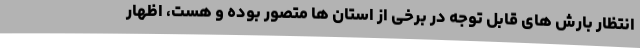
انتظار بارش های قابل توجه در برخی از استان ها متصور بوده و هست، اظهار